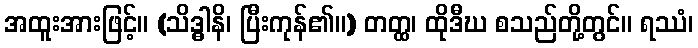
အထူးအားဖြင့်။ (သိဒ္ဓါနိ၊ ပြီးကုန်၏။) တတ္ထ၊ ထိုဒီဃ စသည်တို့တွင်။ ရဿံ၊